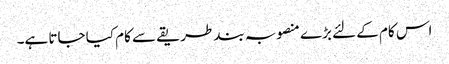
اس کام کے لئے بڑے منصوبہ بند طریقے سے کام کیا جاتا ہے۔